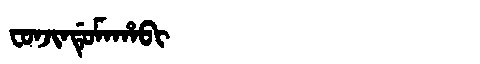
Manchu: ᠸᠣᠨᠵᡳᠨᡩᡠᠮᠠᡥᠠᠪᡳ
Romanization: FONJINDUMAHABI